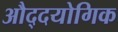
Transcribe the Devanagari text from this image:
औद्दयोगिक